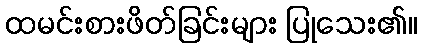
ထမင်းစားဖိတ်ခြင်းများ ပြုသေး၏။